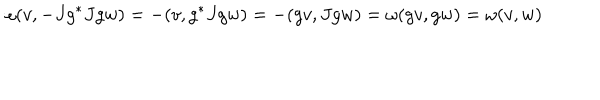
LaTeX: \omega ( v , - J g ^ { * } J g w ) = - ( v , g ^ { * } J g w ) = - ( g v , J g w ) = \omega ( g v , g w ) = \omega ( v , w )